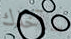
سآخذك